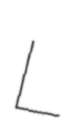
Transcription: L